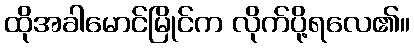
ထိုအခါမောင်မြိုင်က လိုက်ပို့ရလေ၏။